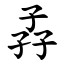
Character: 孨